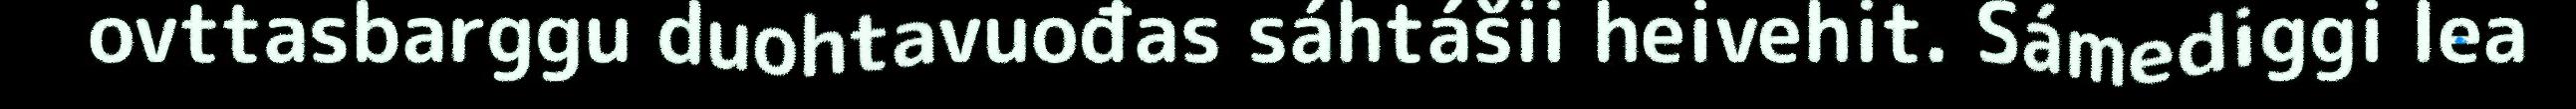
ovttasbarggu duohtavuođas sáhtášii heivehit. Sámediggi lea